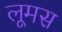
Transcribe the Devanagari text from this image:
लूमस